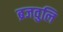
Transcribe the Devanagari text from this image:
ब्रजवुलि